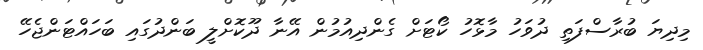
މިދިޔަ ބުރާސްފަތި ދުވަހު މާޅޮހު ކޯޓަށް ގެންދިއުމުން އޭނާ ދޫކޮށްލީ ބަންދުގައި ބަހައްޓަންޖެހޭ